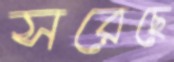
সরেছে